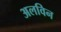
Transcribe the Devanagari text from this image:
अलविन